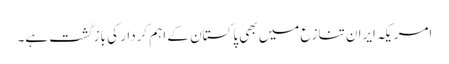
امریکہ ایران تنازع میں بھی پاکستان کے اہم کردار کی بازگشت ہے۔